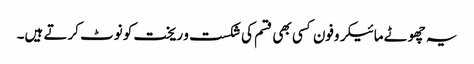
یہ چھوٹے مائیکروفون کسی بھی قسم کی شکست و ریخت کو نوٹ کرتے ہیں۔